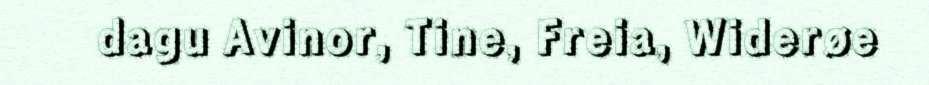
dagu Avinor, Tine, Freia, Widerøe